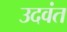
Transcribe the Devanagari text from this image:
उदवंत